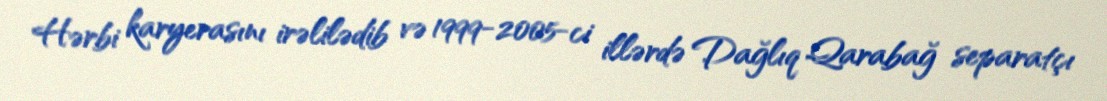
Hərbi karyerasını irəlilədib və 1999-2005-ci illərdə Dağlıq Qarabağ separatçı